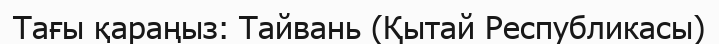
Тағы қараңыз: Тайвань (Қытай Республикасы)